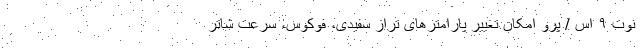
نوت ۹ اس / پرو امکان تغییر پارامترهای تراز سفیدی، فوکوس، سرعت شاتر